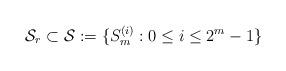
LaTeX: \begin{align*}\mathcal{S}_r\subset\mathcal{S}:=\{S^{(i)}_m:0\le i\le 2^m-1\}\end{align*}